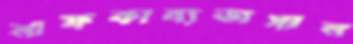
নাফকাব্যভাসান